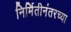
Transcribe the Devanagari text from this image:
निर्मितीनंतरच्‍या